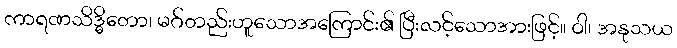
ကာရဏသိဒ္ဓိတော၊ မဂ်တည်းဟူသောအကြောင်း၏ ပြီးလင့်သောအားဖြင့်။ ဝါ၊ အနုသယ